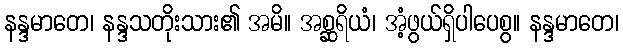
နန္ဒမာတေ၊ နန္ဒသတိုးသား၏ အမိ။ အစ္ဆရိယံ၊ အံ့ဖွယ်ရှိပါပေစွ။ နန္ဒမာတေ၊